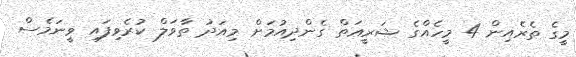
މީގެ ތެރެއިން 4 މީހެއްގެ ޝަރީޢަތް ގެންދިއުމަށް މިއަދު ތާވަލް ކުރެވިފައި ވީނަމެސް